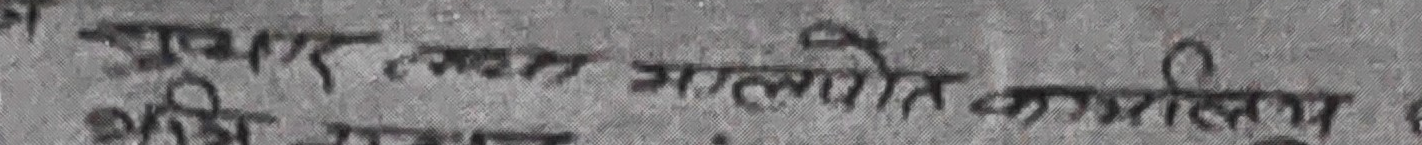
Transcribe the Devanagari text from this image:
अपार जगत गलिरहित कापील्य